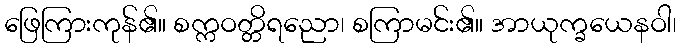
ဖြေကြားကုန်၏။ စက္ကဝတ္တိရညော၊ စကြာမင်း၏။ အာယုက္ခယေနဝါ၊